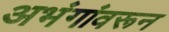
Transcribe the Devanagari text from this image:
अभंगांवरून